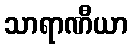
သာရာဏီယာ